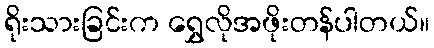
ရိုးသားခြင်းက ရွှေလိုအဖိုးတန်ပါတယ်။